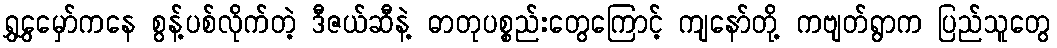
ရွှွှေမှော်ကနေ စွန့်ပစ်လိုက်တဲ့ ဒီဇယ်ဆီနဲ့ ဓာတုပစ္စည်းတွေကြောင့် ကျနော်တို့ ကဗျတ်ရွာက ပြည်သူတွေ